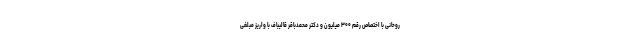
روحانی با اختصاص رقم ۳۰۰ میلیون و دکتر محمدباقر قالیباف با واریز مبلغی